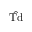
\hat { \mathrm { T d } }